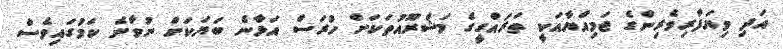
އަދި ވިޔަފާރިވެރިންގެ ޖަމިއްޔާއަކީ ތަރައްގީގެ މަޝްރޫއުތަކަށް ހުރަސް އަޅާނެ ބަޔަކަށް ނުވާނެ ކަމުގައިވެސް